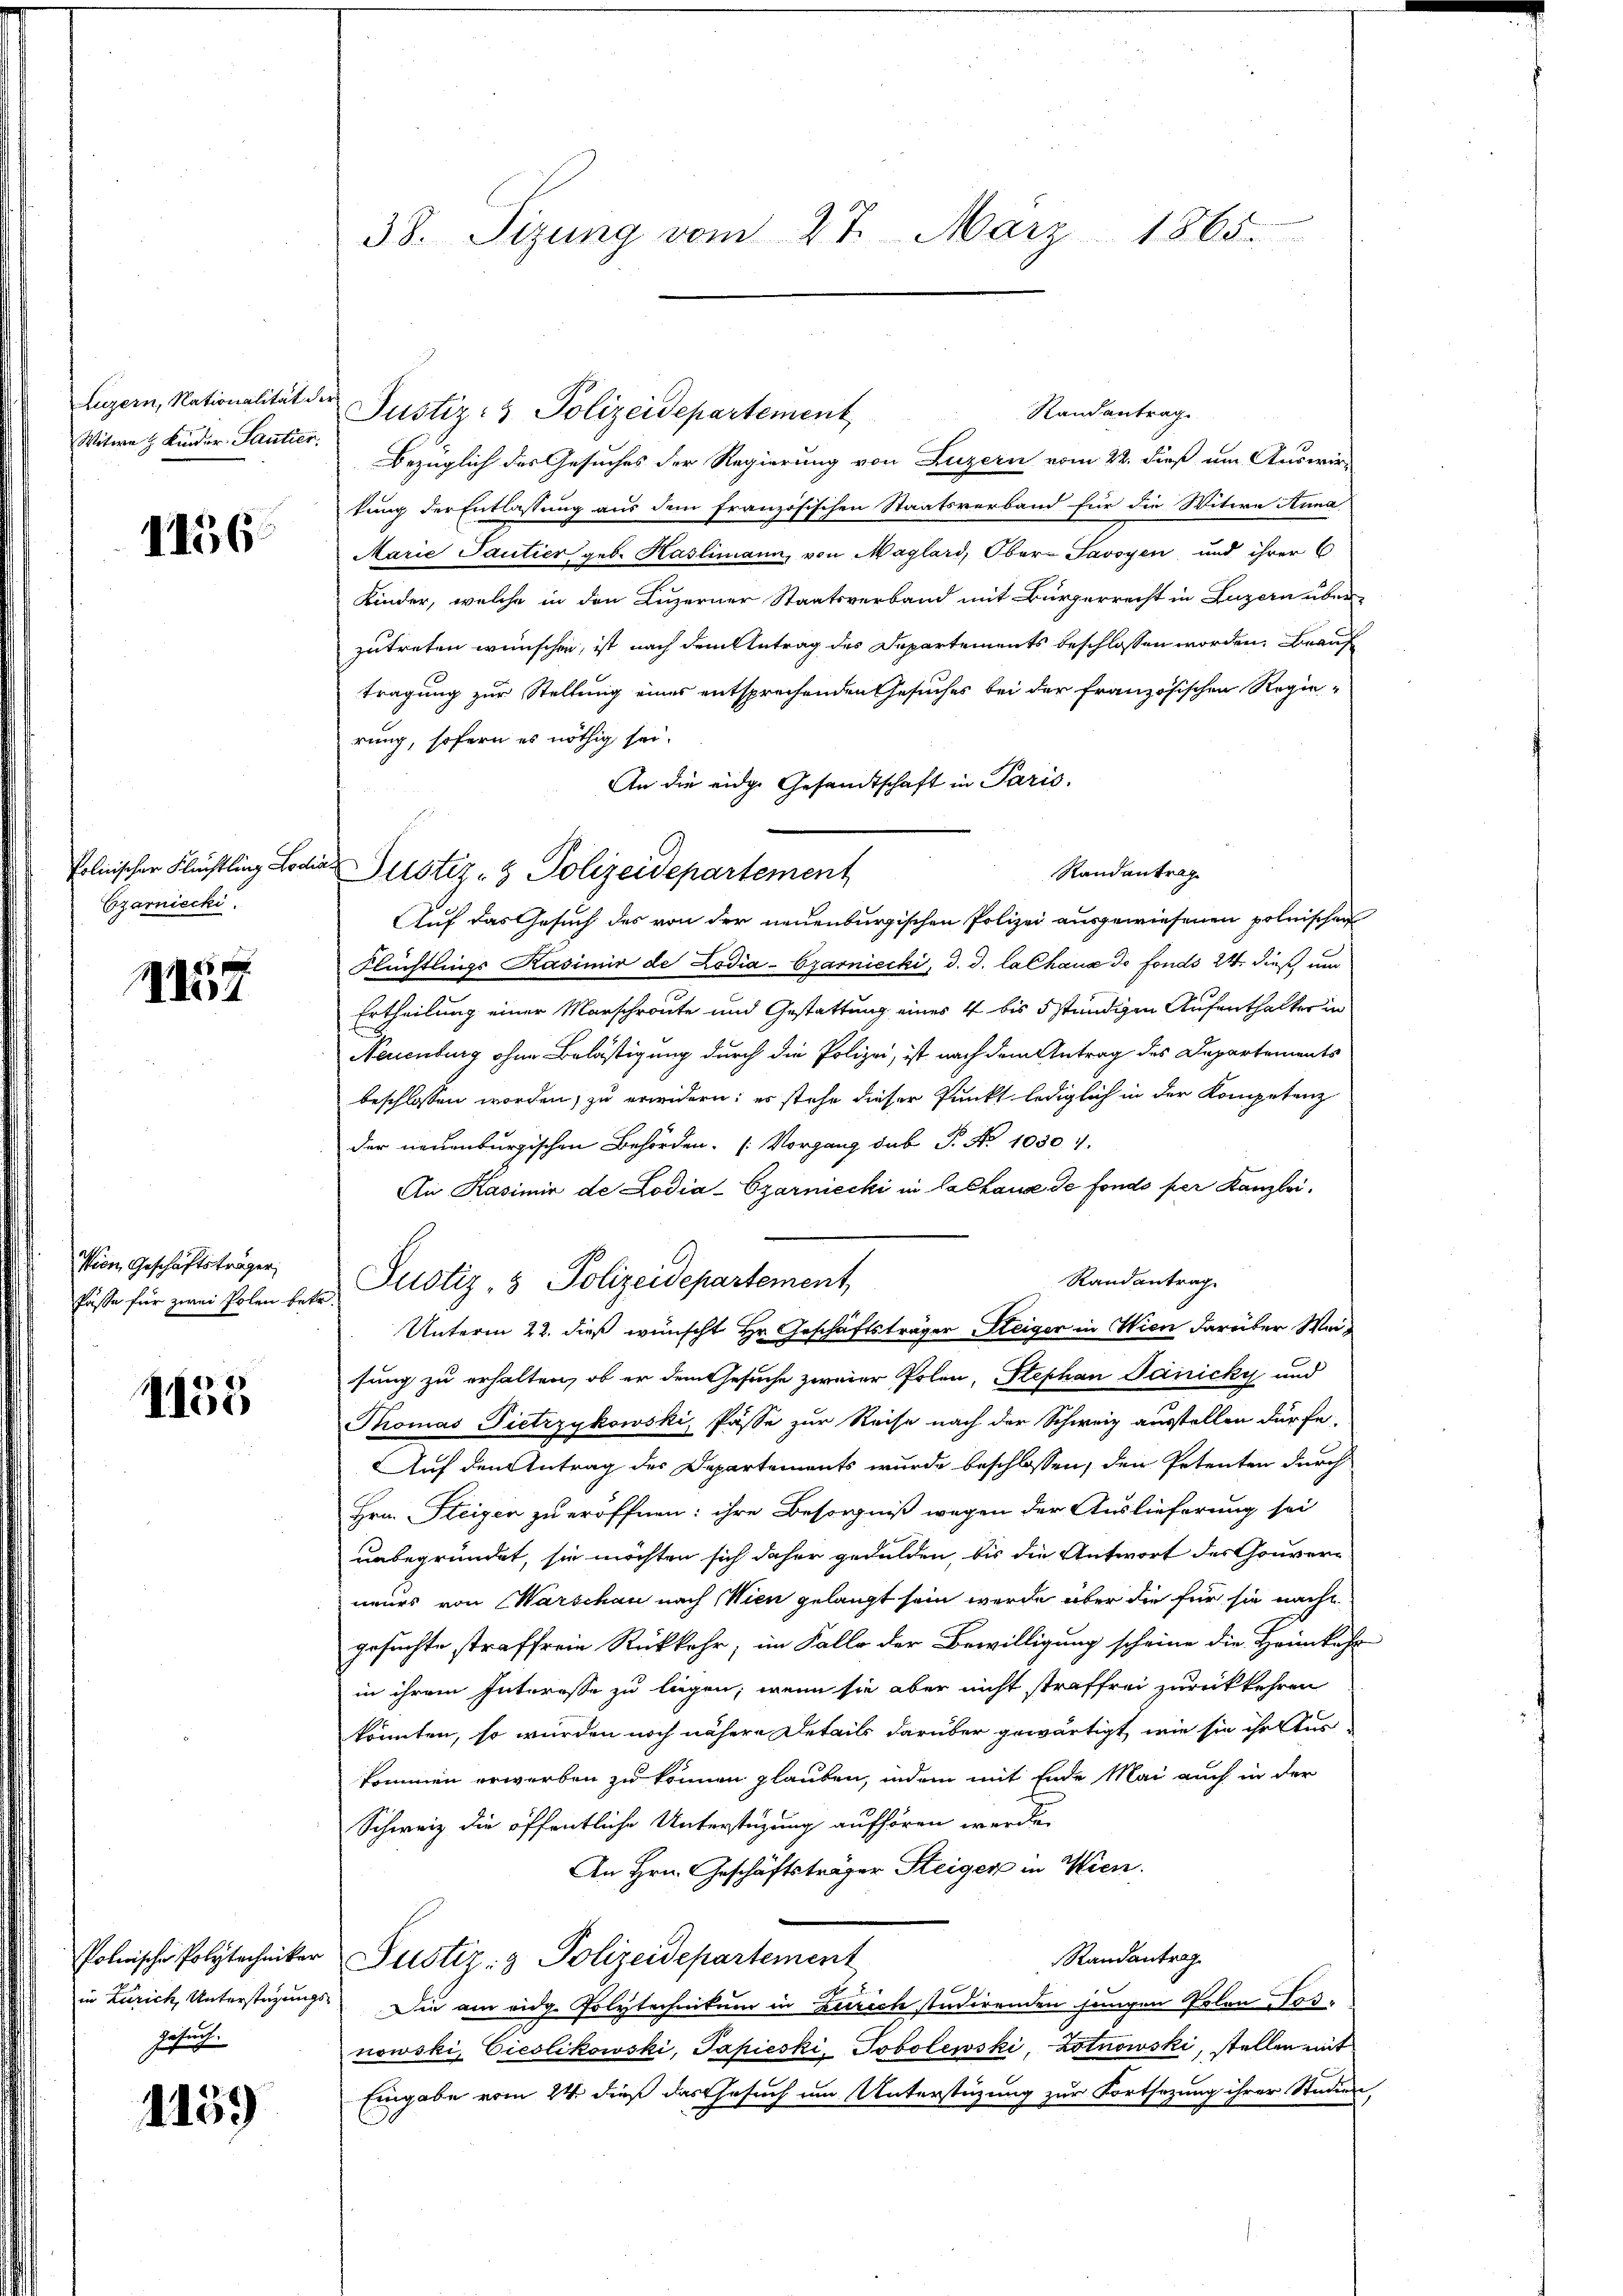
Luzern, Nationalität
Witwe H. Kinder- Santier.

1156.

Czarniecki.

e
14

Wien Geschäftsträger,

4155

Gerlichen

1159

38. Sizung vom 27. März 1865.

er
Justiz- & Polizeidepartement
Bezüglich des Gesuches der Regierung von Luzern vom 22. dieß um Auswir-
kung der Entlassung aus dem französischen Staatsverband für die Witwe Anna
Marie Tantier geb. Haslimann, von Maglard, Ober-Javoyen und ihrer C
Kinder, welche in den Luzerner Staatsverband mit Bürgerrecht in Luzern über-
zutreten wünschen, ist nach dem Antrag des Departements beschlossen worden. Beauf
tragung zur Stellung eines entsprechenden Gesuches bei der Französischen Regie-
rung, sofern es nöthig sei.
An die eidge Gesandtschaft in Paris.
Polnischer Flüchtling Lodia Justiz- & Polizeidepartement
Randantrag
Auf das Gesuch des von der neuenburgischen Polizei ausgewiesenen polnischen
Flüchtlings Kasimir de Lodia-Czarniecki, d. J. La Chaux de fonds 24 dieß um
Ertheilung einer Marschroute und Gestattung eines 4 bis 5 stündigen Aufenthalter in
Neuenburg ohne Belästigung durch die Polizei, ist nach dem Antrag des Departements
beschlossen worden, zu erwidern; es stehe dieser Punkt lediglich in der Kompetenz
der neuenburgischen Behörden. (Vorgang das P. Nr. 1030.
An Kasimir de Lodia-Czarniecki in Calhause de fondo per Kanzlei.
Randantrag
Unterm 22. dieß wünscht Hr. Geschäftsträger Steiger in Wien darüber Weisung zu erhalten, ob er dem Gesuche zweier Polen, Stephan Panicky und
Thomas Pietrzykowski, Pässe zur Reise nach der Schweiz ausstellen dürfe.
Auf den Antrag des Departements wurde beschlossen, den Petenten durch
Hrn. Steigen zu eröffnen; ihre Besorgniß wegen der Auslieferung sei
unbegründet, sie möchten sich daher gedulden, bis die Antwort des Gouverneurs von Warschau nach Wien gelangt sein werde über die für sie nacht
gesuchte straffreie Rückkehr, im Falle der Bewilligung scheine die Heimkehr
in ihrem Interesse zu liegen, wenn sie aber nicht straffrei zurückkehren
könnten, so wurden noch nähere Details darüber gewärtigt, wie sie ihr zur
kommen erwerben zu können glauben, indem mit Ende Mai auch in der
Schweiz die öffentliche Unterstüzung aufhören werden.
An Hrn. Geschäftsträger Steiger in Wien.
Randantrag
Polnische Polytechniker Justiz- & Polizeidepartement
.
in Zürich, Unterstüzungs- Die am eidg. Polytechnikum in Zürich studirenden jungen Polen Losnowski, Gieslikowski, Papieski, Jobolewski, Lotnowski, stellen mit
Eingabe vom 24. dieß das Gesuch um Unterstüzung zur Fortsetzung ihrer Studien,

Füsse für zwei Polen betr. Pilotiz & Polizeidepartement,

Randantrag.